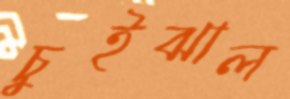
চুইঝাল